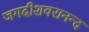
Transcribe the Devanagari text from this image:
जगदीशवरानन्द